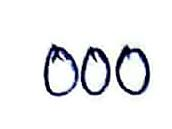
000